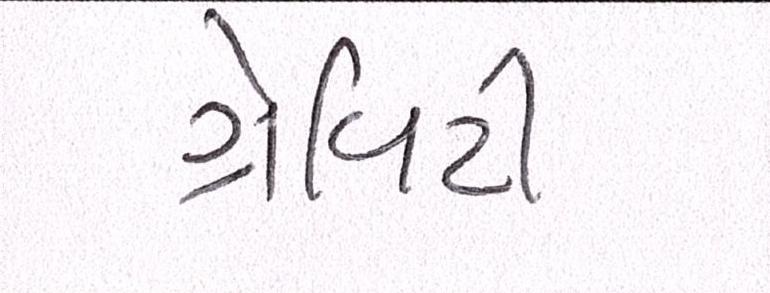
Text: ગ્રેવિટી